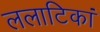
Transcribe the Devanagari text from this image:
ललाटिकां